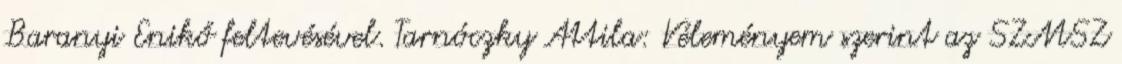
Baranyi Enikő feltevésével. Tarnóczky Attila: Véleményem szerint az SZMSZ